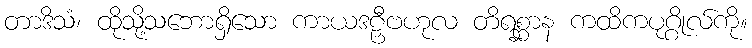
တာဒိသံ၊ ထိုသို့သဘောရှိသော ကာယဒဠှီဗဟုလ တိရစ္ဆာန ကထိကပုဂ္ဂိုလ်ကို။